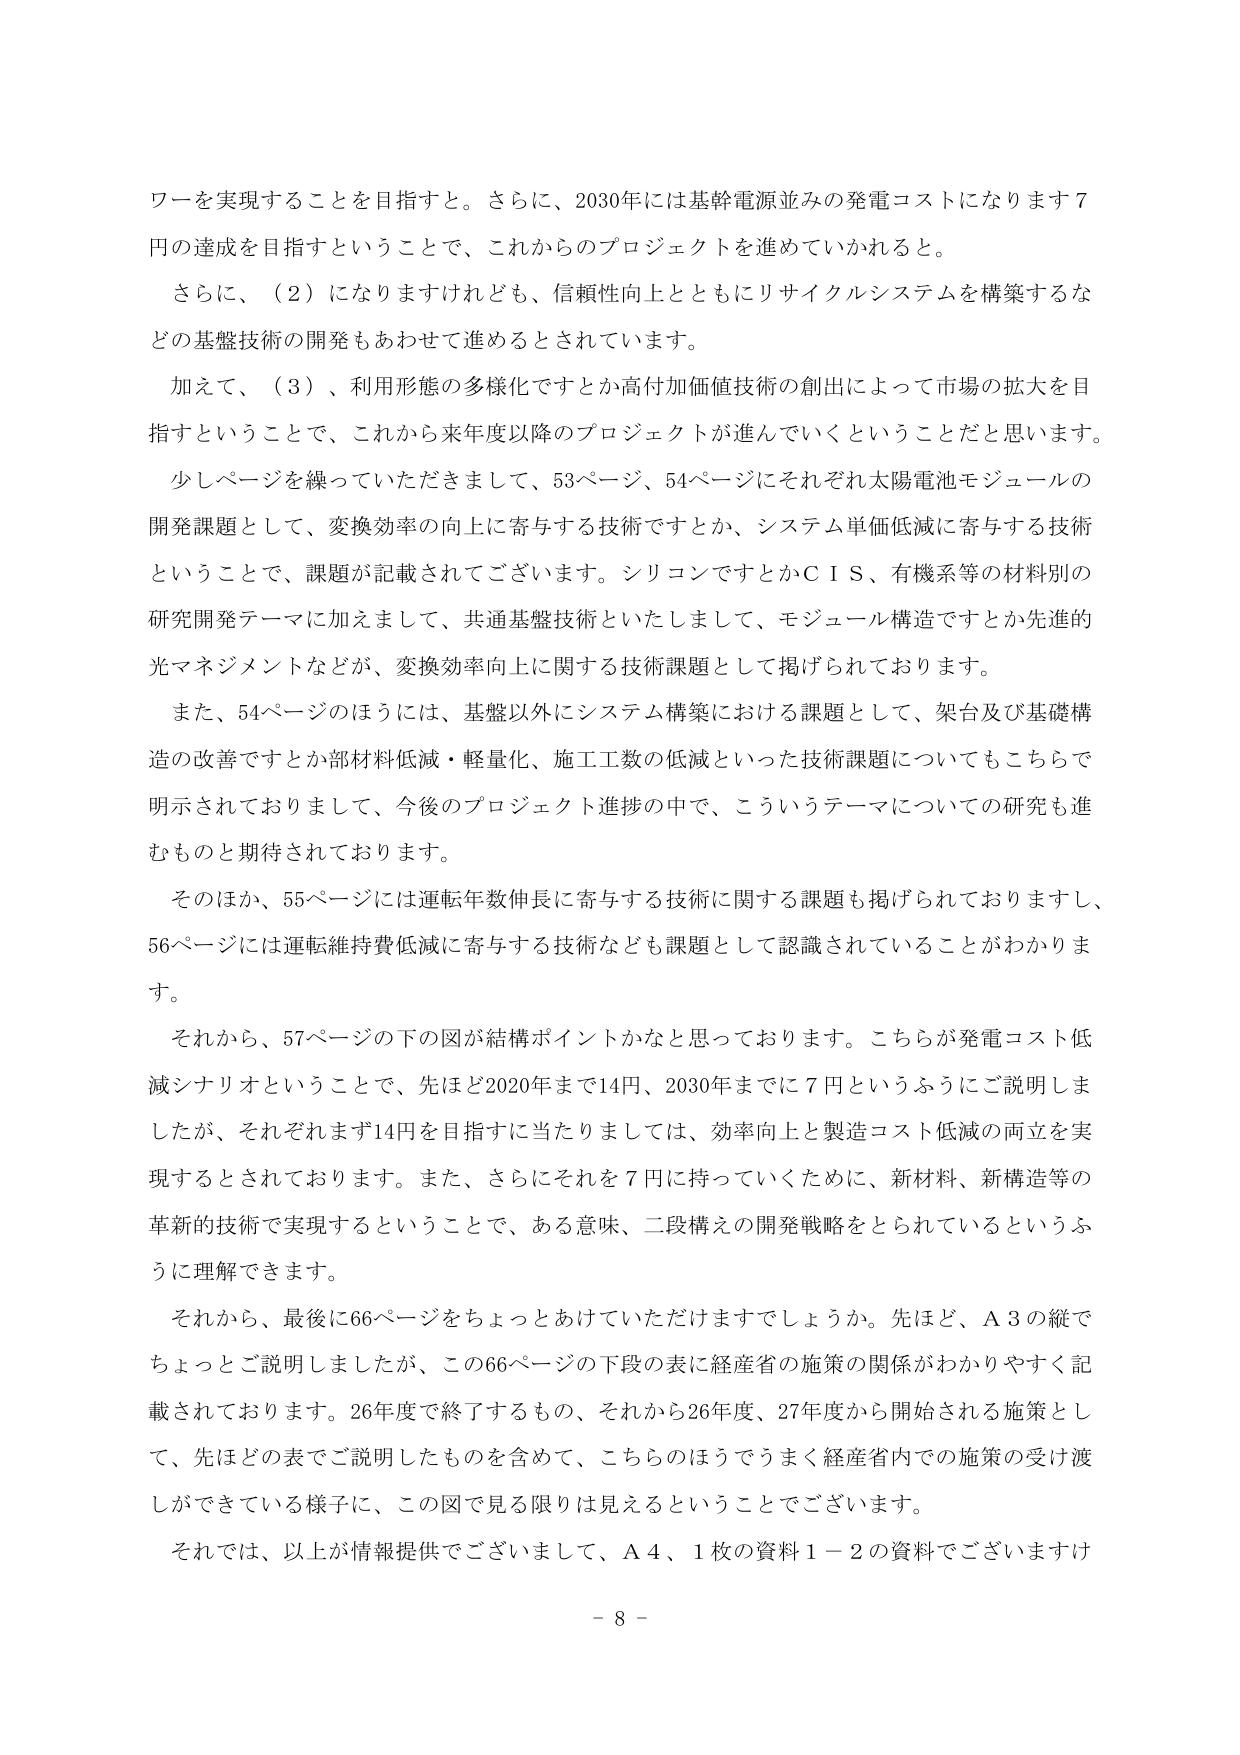
ワーを実現することを目指すと。さらに、2030年には基幹電源並みの発電コストになります7円の達成を目指すということで、これからのプロジェクトを進めていかれるとう。

さらに、（2）になりますけれども、信頼性向上とともにリサイクルシステムを構築するなどの基盤技術の開発もあわせて進めるとされています。

加えて、（3）、利用形態の多様化ですとか高付加価値技術の創出によって市場の拡大を目指すということで、これから来年度以降のプロジェクトが進んでいくということだと思います。

少しざページを練っていただきまして、53ページ、54ページにそれぞれ太陽電池モジュールの開発課題として、変換効率の向上に寄与する技術ですとか、システム単価低減に寄与する技術ということで、課題が記載されてございます。シリコンですとかＣＩＳ、有機系等の材料別の研究開発テーマに加えまして、共通基盤技術といたしまして、モジュール構造ですとか先進的光マネジメントなどが、変換効率向上に関する技術課題として掲げられております。

また、54ページのほうには、基盤以外にシステム構築における課題として、架台及び基礎構造の改善ですとか部材材料低減・軽量化、施工工数の低減といった技術課題についてもこちらで明示されておりまして、今後のプロジェクト進捗の中で、こういうテーマについての研究も進むものと期待されております。

そのほか、55ページには運転年数伸長に寄与する技術に関する課題も掲げられておりますし、56ページには運転維持費低減に寄与する技術なども課題として認識されていることがわかります。

それから、57ページの下の図が結構ポイントかなと思っております。こちらが発電コスト低減シナリオということで、先ほど2020年まで14円、2030年までに7円というふうにご説明しましたが、それぞれまず14円を目指すに当たりましては、効率向上と製造コスト低減の両立を実現するとされております。また、さらにそれを7円に持っていくために、新材料、新構造等の革新的技術で実現するということで、ある意味、二段構えの開発戦略をとられているというふうに理解できます。

それから、最後に66ページをちょっとあけていただけますでしょうか。先ほど、Ａ3の縦でちょっとご説明しましたが、この66ページの下段の表に経産省の施策の関係がわかりやすく記載されております。26年度で終了するもの、それから26年度、27年度から開始される施策として、先ほどの表でご説明したものを含めて、こちらのほうでうまく経産省内での施策の受け渡しができている様子に、この図で見る限りは見えるということでございます。

それでは、以上が情報提供でございまして、Ａ4、1枚の資料1－2の資料でございますけ

－ 8 －